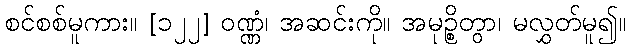
စင်စစ်မူကား။ [၁၂၂] ဝဏ္ဏံ၊ အဆင်းကို။ အမုဉ္စိတွာ၊ မလွှတ်မူ၍။